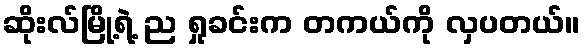
ဆိုးလ်မြို့ရဲ့ ည ရှုခင်းက တကယ်ကို လှပတယ်။